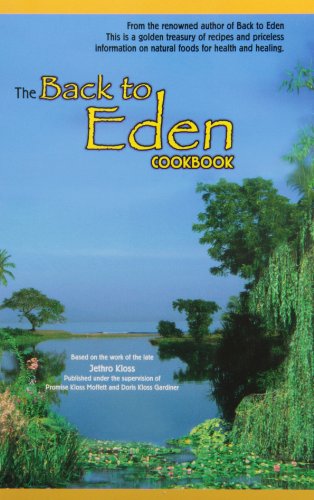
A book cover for The Back to Eden Cookbook; Jethro Kloss; Health, Fitness & Dieting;